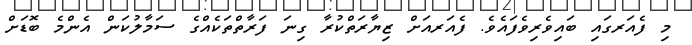
މި ފެއަރގައި ބައިވެރިވެފައެވެ. ފެއަރއަށް ޒިޔާރަތްކުރާ ގިނަ ފަރާތްތަކެއްގެ ސަމާލުކަން އެންމެ ބޮޑަށް